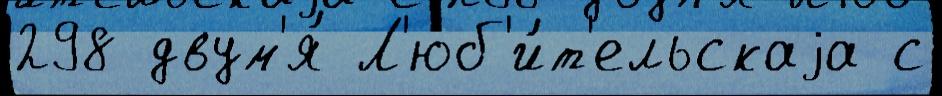
298 двум'я́ Л'юб'и́т'ельскаjа с